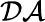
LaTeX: \mathcal{DA}